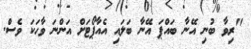
"ރިވާ ބުނި އޭނާ ބައްޕަ އޭނާ ބަލައި އެއާޕޯޓަށް އަންނަ ވާހަކަ ވެސް.